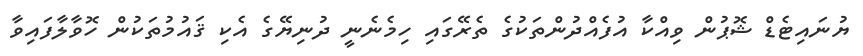
ޔުނައިޓެޑް ޝޮޕުން ވިއްކާ އުފެއްދުންތަކުގެ ތެރޭގައި ހިމެނެނީ ދުނިޔޭގެ އެކި ޤައުމުތަކުން ހޮވާލާފައިވާ